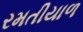
રમતીયાળ